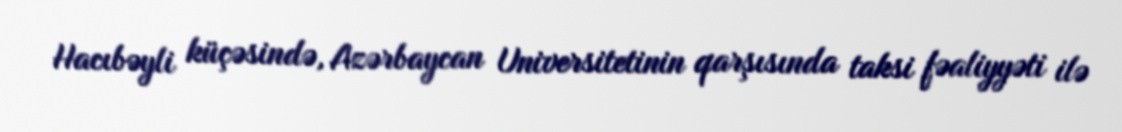
Hacıbəyli küçəsində, Azərbaycan Universitetinin qarşısında taksi fəaliyyəti ilə